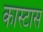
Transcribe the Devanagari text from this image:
कास्टास